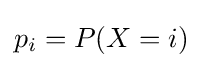
p_{i}=P(X=i)